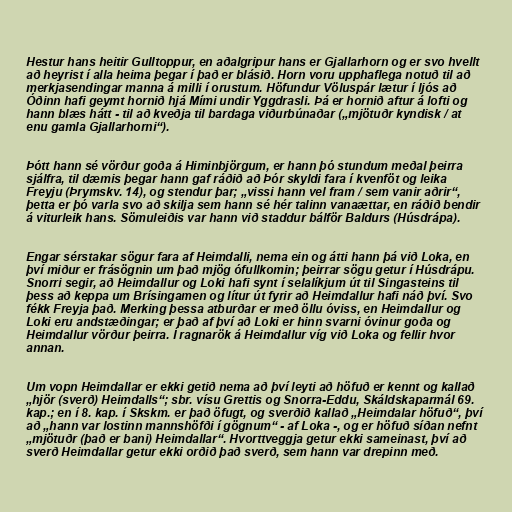
Hestur hans heitir Gulltoppur, en aðalgripur hans er Gjallarhorn og er svo hvellt
að heyrist í alla heima þegar í það er blásið. Horn voru upphaflega notuð til að
merkjasendingar manna á milli í orustum. Höfundur Völuspár lætur í ljós að
Óðinn hafi geymt hornið hjá Mími undir Yggdrasli. Þá er hornið aftur á lofti og
hann blæs hátt - til að kveðja til bardaga viðurbúnaðar („mjötuðr kyndisk / at
enu gamla Gjallarhorni“).

Þótt hann sé vörður goða á Himinbjörgum, er hann þó stundum meðal þeirra
sjálfra, til dæmis þegar hann gaf ráðið að Þór skyldi fara í kvenföt og leika
Freyju (Þrymskv. 14), og stendur þar; „vissi hann vel fram / sem vanir aðrir“,
þetta er þó varla svo að skilja sem hann sé hér talinn vanaættar, en ráðið bendir
á viturleik hans. Sömuleiðis var hann við staddur bálför Baldurs (Húsdrápa).

Engar sérstakar sögur fara af Heimdalli, nema ein og átti hann þá við Loka, en
því miður er frásögnin um það mjög ófullkomin; þeirrar sögu getur í Húsdrápu.
Snorri segir, að Heimdallur og Loki hafi synt í selalíkjum út til Singasteins til
þess að keppa um Brísingamen og lítur út fyrir að Heimdallur hafi náð því. Svo
fékk Freyja það. Merking þessa atburðar er með öllu óviss, en Heimdallur og
Loki eru andstæðingar; er það af því að Loki er hinn svarni óvinur goða og
Heimdallur vörður þeirra. Í ragnarök á Heimdallur víg við Loka og fellir hvor
annan.

Um vopn Heimdallar er ekki getið nema að því leyti að höfuð er kennt og kallað
„hjör (sverð) Heimdalls“; sbr. vísu Grettis og Snorra-Eddu, Skáldskaparmál 69.
kap.; en í 8. kap. í Skskm. er það öfugt, og sverðið kallað „Heimdalar höfuð“, því
að „hann var lostinn mannshöfði í gögnum“ - af Loka -, og er höfuð síðan nefnt
„mjötuðr (það er bani) Heimdallar“. Hvorttveggja getur ekki sameinast, því að
sverð Heimdallar getur ekki orðið það sverð, sem hann var drepinn með.